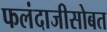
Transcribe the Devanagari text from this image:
फलंदाजीसोबत